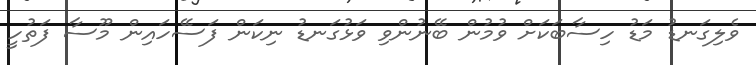
ވެލިގަނޑު މަޑު ހިސާބަކަށް ވުމުން ބޭނުންވި ވަޅުގަނޑު ނިކަން ފަސޭހައިން މޫސާ ފަތުހީ